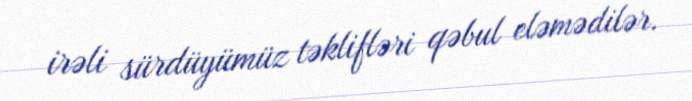
irəli sürdüyümüz təklifləri qəbul eləmədilər.